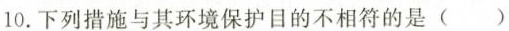
10.下列措施与其环境保护目的不相符的是()